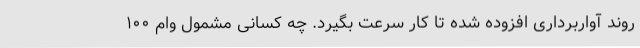
روند آواربرداری افزوده شده تا کار سرعت بگیرد. چه کسانی مشمول وام ۱۰۰